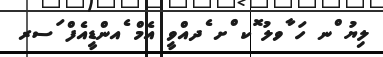
ލިޔު ްނ ހަ ާވލު ޮކ ްށ ެދއްވީ އެމް ެއންޑީއެފް ަސރ